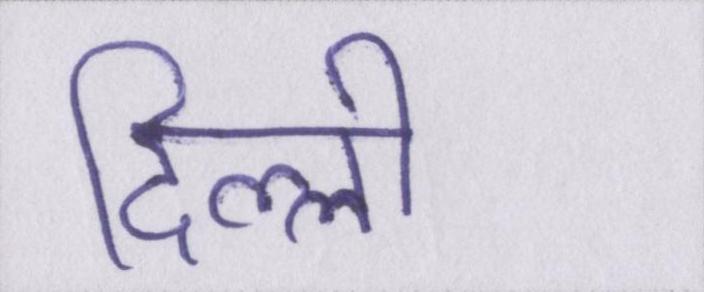
दिल्ली